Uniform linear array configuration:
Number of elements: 48
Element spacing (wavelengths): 0.25
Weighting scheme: binomial
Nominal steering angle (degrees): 0
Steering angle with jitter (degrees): -1.299
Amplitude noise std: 0.05
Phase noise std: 0.05

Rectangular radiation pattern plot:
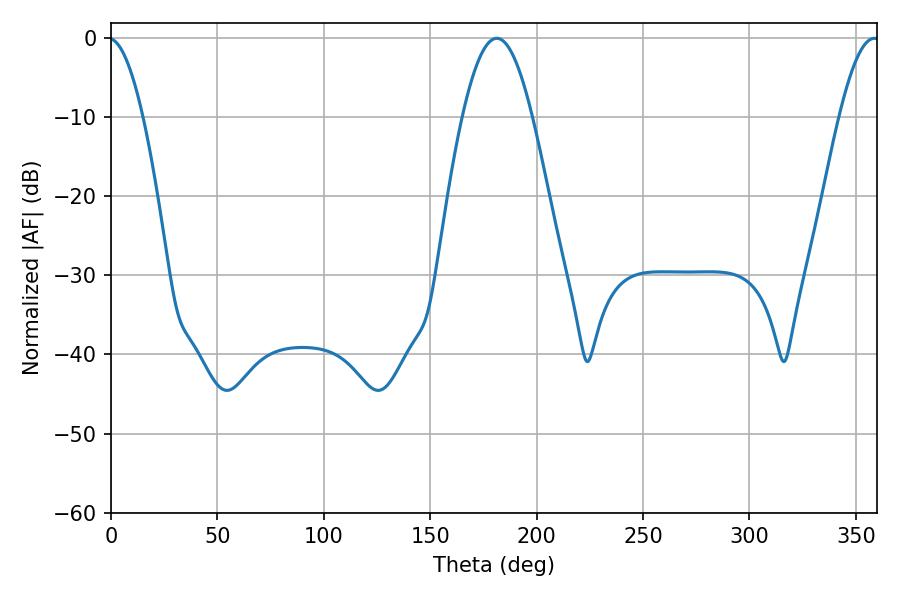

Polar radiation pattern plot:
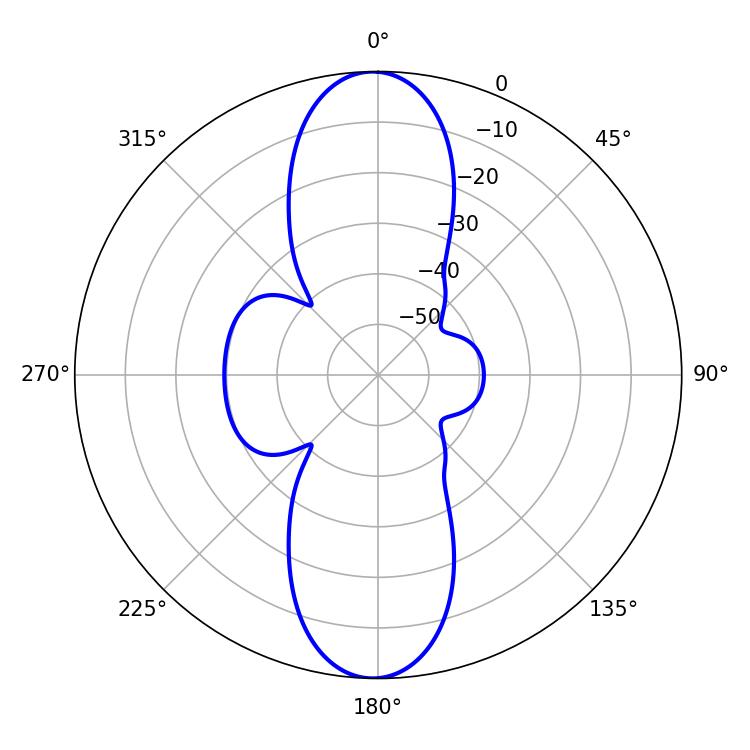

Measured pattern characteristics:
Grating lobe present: FALSE
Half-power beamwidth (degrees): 17.82
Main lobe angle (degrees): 181.26